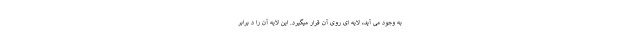
به وجود می آید، لایه ای روی آن قرار میگیرد. این لایه آن را د برابر